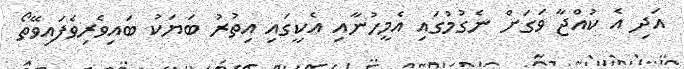
އަދި އެ ކުއްޖާ ވަގަށް ނެގުމުގައި އެމީހުނާއި އެކީގައި އިތުރު ބަޔަކު ބައިވެރިވެފައިވޭތޯ